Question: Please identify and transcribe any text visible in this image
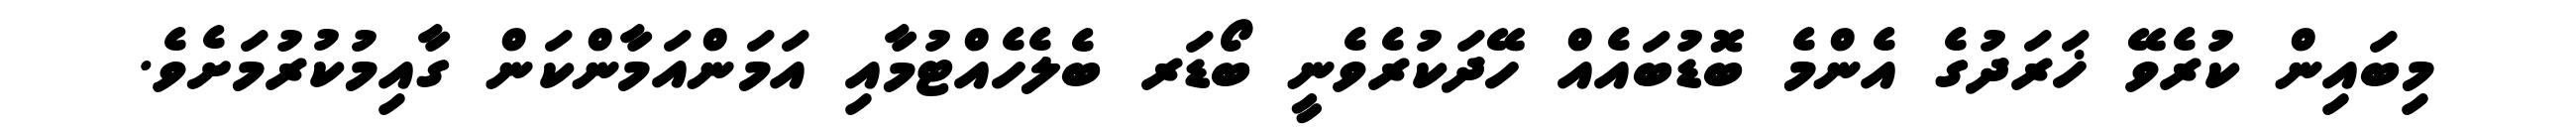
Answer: މިބައިން ކުރެވޭ ޚަރަދުގެ އެންމެ ބޮޑުބައެއް ހޭދަކުރެވެނީ ބޯޑަރ ބެލެހެއްޓުމާއި އަމަންއަމާންކަން ގާއިމުކުރުމަށެވެ.